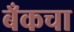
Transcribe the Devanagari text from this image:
बँकचा